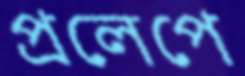
প্রলেপে